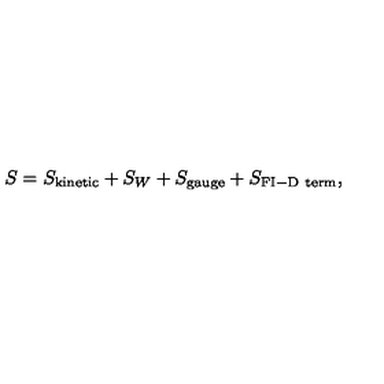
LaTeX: S = S _ { \mathrm { k i n e t i c } } + S _ { W } + S _ { \mathrm { g a u g e } } + S _ { \mathrm { F I - D \ t e r m } } ,